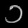
Digit: ၁